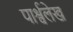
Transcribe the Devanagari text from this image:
पार्श्वलेख